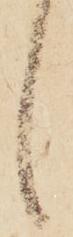
候